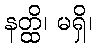
နတ္ထိ၊ မရှိ၊